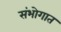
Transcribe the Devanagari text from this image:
संभोगात